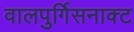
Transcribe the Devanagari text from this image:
वालपुर्गिसनाक्ट